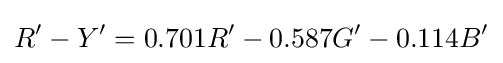
R'-Y'=0.701R'-0.587G'-0.114B'